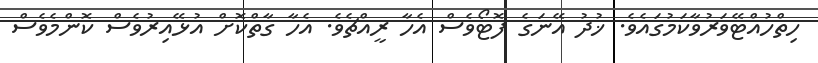
ހިތްހުއްޓޭވަރުވާކަމުގައެވެ. ޚުދު އޭނަގެ ފޮޓޯވެސް އެހާ ރީއްޗެވެ. އެހާ ގާތްކޮށް އުޅޭއިރުވެސް ކޮންމެވެސް